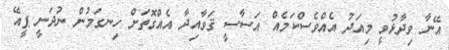
އޭނާ ވިދާޅުވީ މިއަދު އެއްވެސްކަމެއް އަސާސީ ޤަވާއިދާ އެއްގޮތަށް ހިނގަމުން ނުދަނީ ޕީއޭ